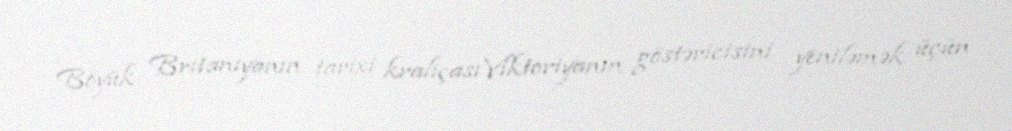
Böyük Britaniyanın tarixi kraliçası Viktoriyanın göstəricisini yeniləmək üçün